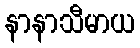
နာနာသီမာယ